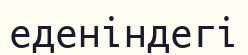
еденіндегі